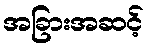
အခြားအဆင့်